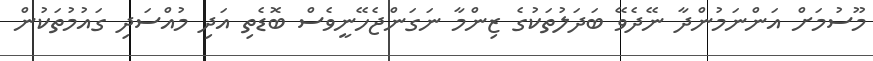
މޫސުމަށް އަންނަމުންދާ ނޭދެވޭ ބަދަލުތަކުގެ ޒިންމާ ނަގަންޖެހޭނީވެސް ބޮޑެތި އަދި މުއްސަދި ގައުމުތަކުން